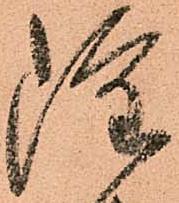
雖